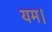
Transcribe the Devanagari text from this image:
यम।